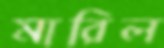
মারিল